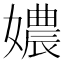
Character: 𡢿